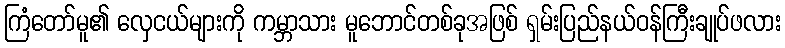
ကြံတော်မူ၏ လှေငယ်များကို ကမ္ဘာသား မူဘောင်တစ်ခုအဖြစ် ရှမ်းပြည်နယ်ဝန်ကြီးချုပ်ဖလား